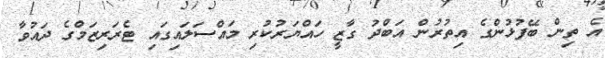
އެ ތިން ބޭފުޅުންގެ އިތުރުން އަބްދު ގާޒީ ހައްޔަރުކުރި މައްސަލައިގައި ޓެރަރިޒަމްގެ ދައުވާ